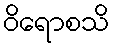
ဝိရောစသိ